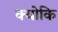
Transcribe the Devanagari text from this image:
क्‍योकि